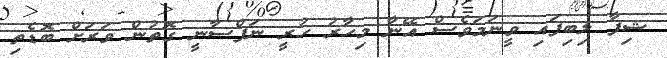
ޝިފާ ލިބިފައި ވީނަމަވެސް އޭނާ މިހާރު ހުރީ ނަފްސާނީ ގޮތުން ވަރަށް ބޮޑެތި